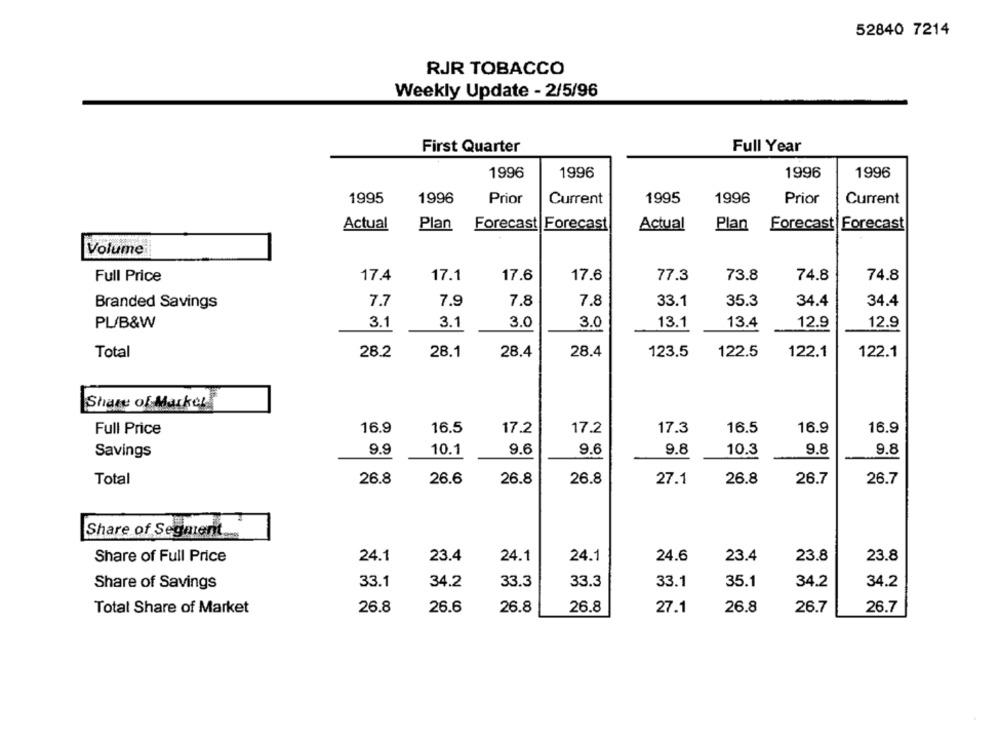
52840 7214
RJR TOBACCO
Weekly Update - 2/5/96
First Quarter
Full Year
1996
1996
1996
1996
1995
1996
Prior
Current
1995
1996
Prior
Current
Actual
Plan
Forecast Forecast
Actual
Plan
Forecast Forecast
Volume
Full Price
17.4
17.1
17.6
17.6
77.3
73.8
74.8
74.8
Branded Savings
7.7
7.9
7.8
7.8
33.1
35.3
34.4
34.4
PL/B&W
3.1
3.1
3.0
3.0
13.1
13.4
12.9
12.9
Total
28.2
28.1
28.4
28.4
123.5
122.5
122.1
122.1
Share of Market
Full Price
16.9
16.5
17.2
17.2
17.3
16.5
16.9
16.9
9.9
10.1
9.6
9.6
9.8
10.3
9.8
9.8
Savings
Total
26.8
26.6
26.8
26.8
27.1
26.8
26.7
26.7
Share of Segment
24.1
23.4
24.1
24.1
24.6
23.4
23.8
23.8
Share of Full Price
Share of Savings
33.1
34.2
33.3
33.3
33.1
35.1
34.2
34.2
26.8
26.8
26.7
Total Share of Market
26.6
26.8
27.1
26.8
26.7